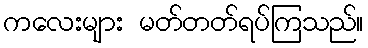
ကလေးများ မတ်တတ်ရပ်ကြသည်။